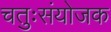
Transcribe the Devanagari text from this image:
चतुःसंयोजक